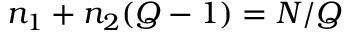
n _ { 1 } + n _ { 2 } ( Q - 1 ) = N / Q